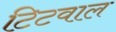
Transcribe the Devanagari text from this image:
टिटवाल